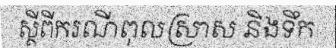
ស្តីពីករណីពុលស្រាស និងទឹក